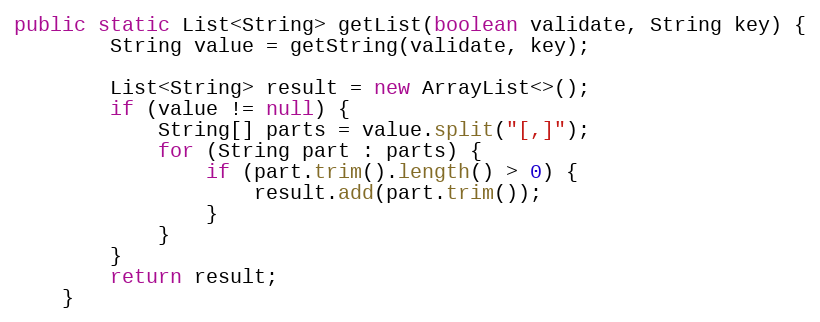
Language: Java
public static List<String> getList(boolean validate, String key) {
		String value = getString(validate, key);

		List<String> result = new ArrayList<>();
		if (value != null) {
			String[] parts = value.split("[,]");
			for (String part : parts) {
				if (part.trim().length() > 0) {
					result.add(part.trim());
				}
			}
		}
		return result;
	}